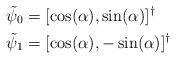
LaTeX: \begin{align*}\tilde{\psi}_0& =[\cos(\alpha), \sin(\alpha)]^\dagger\\\tilde{\psi}_1& =[\cos(\alpha), -\sin(\alpha)]^\dagger\end{align*}